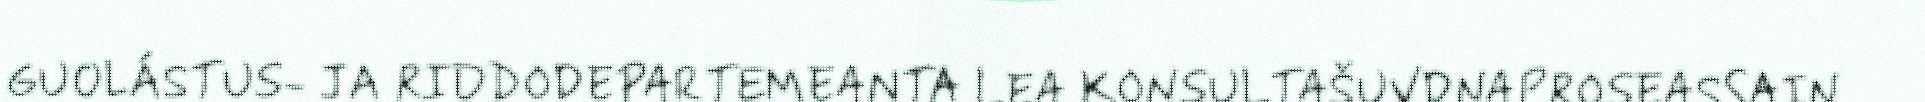
GUOLÁSTUS- JA RIDDODEPARTEMEANTA LEA KONSULTAŠUVDNAPROSEASSAIN